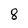
Character: 8